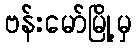
ဗန်းမော်မြို့မှ